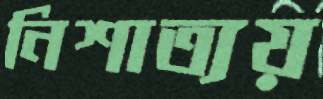
নিশাত্যয়